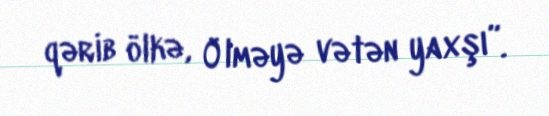
qərib ölkə, Ölməyə vətən yaxşı”.